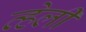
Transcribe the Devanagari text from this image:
व्हेली